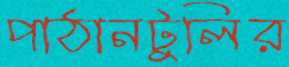
পাঠানটুলির